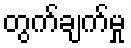
တွက်ချက်မှု